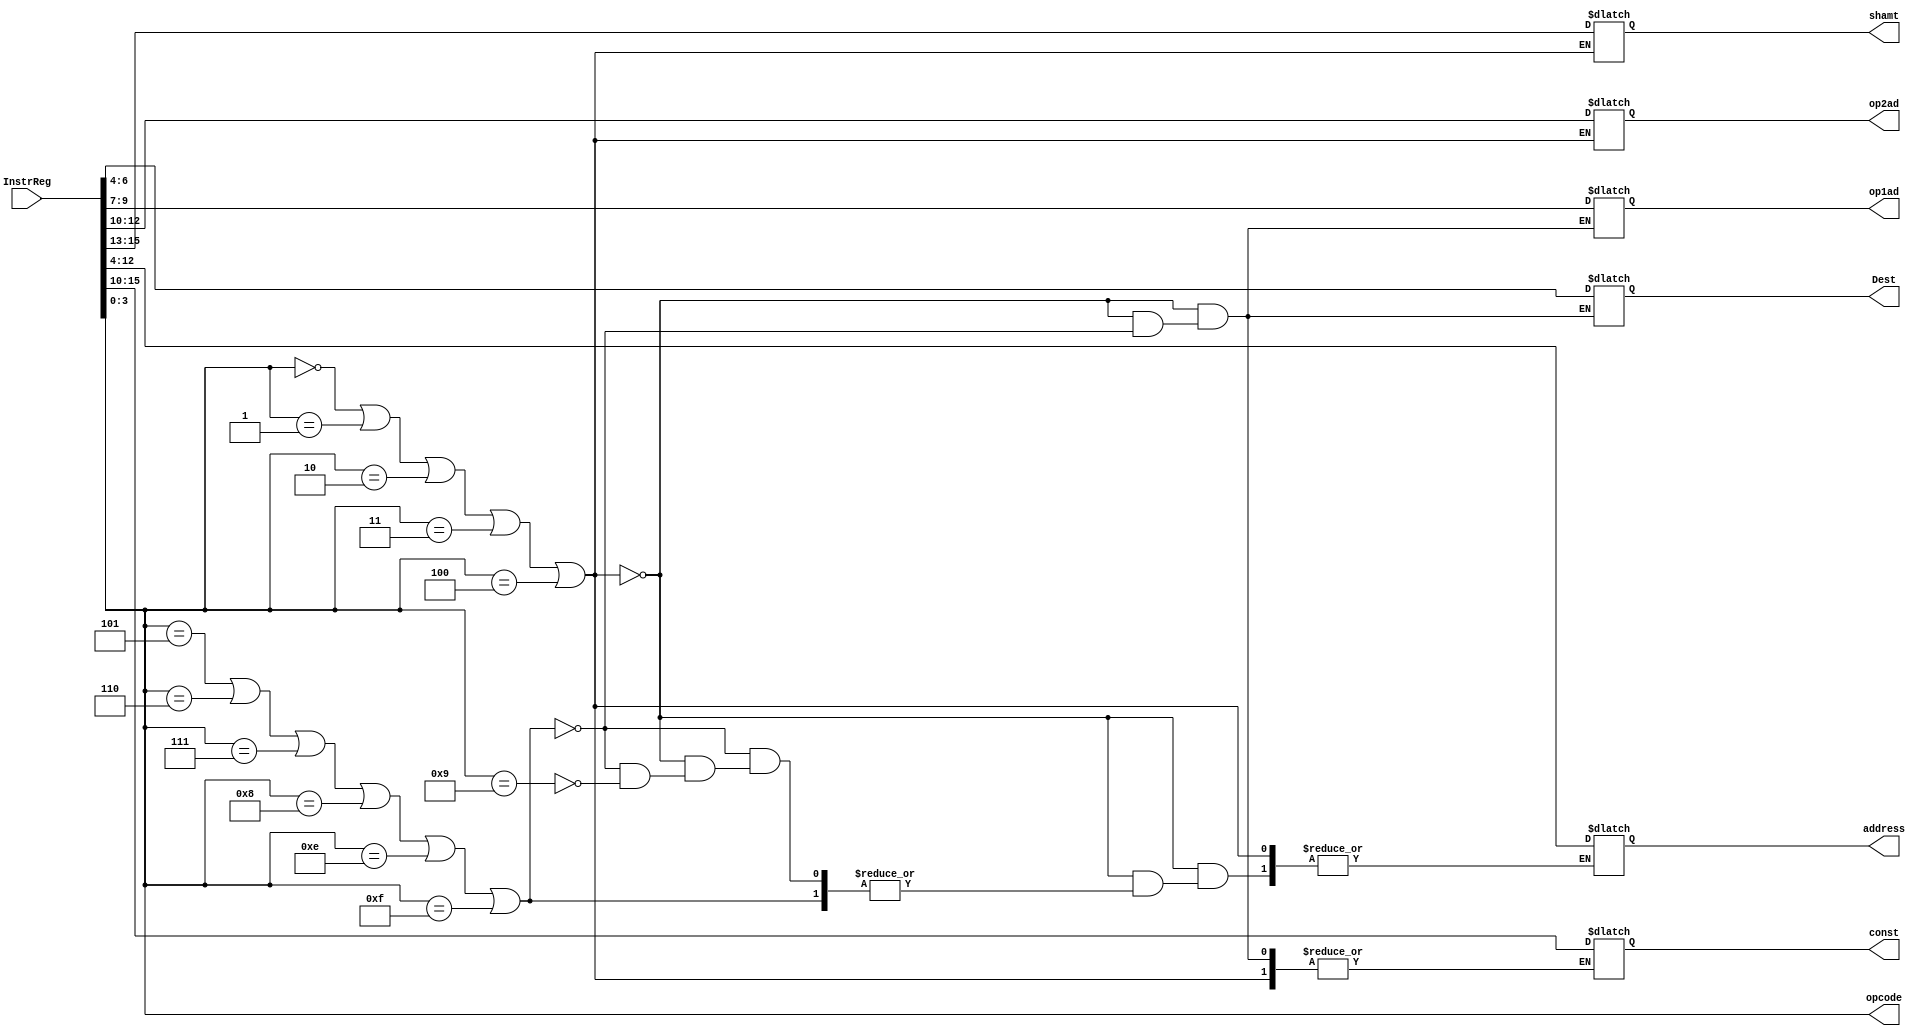
	
	module decoder (InstrReg,opcode,op1ad,op2ad,Dest,shamt,const,address);
	input [15:0]InstrReg;
	output reg [2:0]Dest,op1ad,op2ad,shamt;
	output reg [8:0]address;
	output reg [3:0]opcode;
	output reg [5:0]const;
always @ (*)
begin
	opcode = InstrReg[3:0];
   	if (opcode == 4'b 0000 || opcode == 4'b 0001 || opcode == 4'b 0010 || opcode == 4'b 0011 || opcode == 4'b 0100) 
	  begin
		//type = 1; //type 1 refers to R type
		Dest =  InstrReg[6:4];
		op1ad =  InstrReg[9:7];
		   // a=RegisterFile[op1ad][15:0];
		op2ad = InstrReg[12:10];
		   // b=RegisterFile[op2ad][15:0];
		shamt=InstrReg[15:13];
		end
	  else if (opcode == 4'b 0101 || opcode == 4'b 0110 || opcode == 4'b 0111 || opcode == 4'b 1000 || opcode == 4'b 1110 || opcode == 4'b 1111)
	  begin
		//type = 2; //type 2 refers to I type
		Dest =  InstrReg[6:4];
		op1ad =  InstrReg[9:7];
		   // a=RegisterFile[op1ad][15:0];
		const =  InstrReg[15:10];
		//ALU Block
		end
		
	else if (opcode ==  4'b 1001)
	  begin
  //type = 3; //type 3 refers to I type
		address = InstrReg[12:4];
		end
	else 
	  begin
	 $display ("Error:  Incorrent Operand");
	end
end
	endmodule